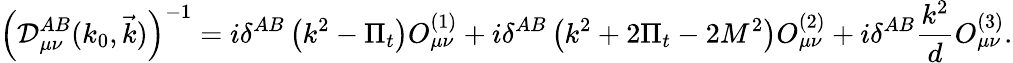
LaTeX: \left({\cal D}_{\mu\nu}^{AB}(k_{0},\vec{k})\right)^{-1}=i\delta^{AB}\left(k^{2}-\Pi_{t}\right)O_{\mu\nu}^{(1)}+i\delta^{AB}\left(k^{2}+2\Pi_{t}-2M^{2}\right)O_{\mu\nu}^{(2)}+i\delta^{AB}\frac{k^{2}}{d}O_{\mu\nu}^{(3)}.